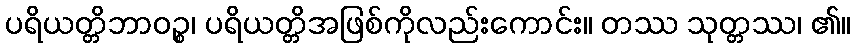
ပရိယတ္တိဘာဝဉ္စ၊ ပရိယတ္တိအဖြစ်ကိုလည်းကောင်း။ တဿ သုတ္တဿ၊ ၏။